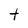
Character: t